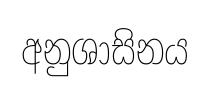
අනුශාසිනය